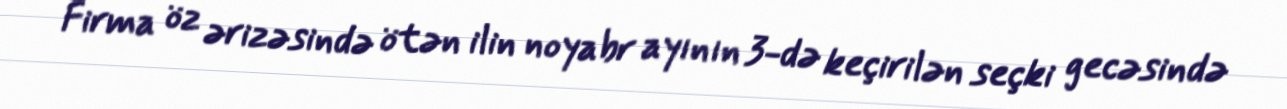
Firma öz ərizəsində ötən ilin noyabr ayının 3-də keçirilən seçki gecəsində